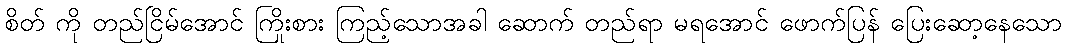
စိတ် ကို တည်ငြိမ်အောင် ကြိုးစား ကြည့်သောအခါ ဆောက် တည်ရာ မရအောင် ဖောက်ပြန် ပြေးဆော့နေသော